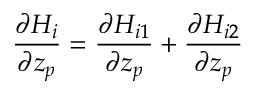
\frac { \partial H _ { i } } { \partial z _ { p } } = \frac { \partial H _ { i 1 } } { \partial z _ { p } } + \frac { \partial H _ { i 2 } } { \partial z _ { p } }